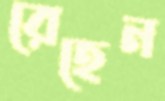
রেহেন